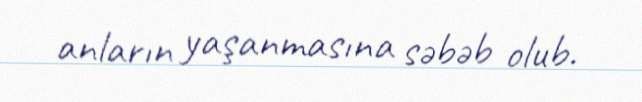
anların yaşanmasına səbəb olub.